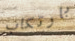
بارتكاب